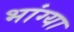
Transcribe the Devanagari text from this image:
भांग्या